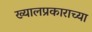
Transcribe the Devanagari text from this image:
ख्यालप्रकाराच्या